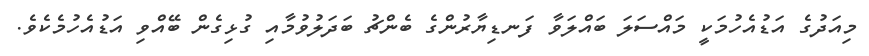
މިއަދުގެ އަޑުއެހުމަކީ މައްސަލަ ބައްލަވާ ފަނޑިޔާރުންގެ ބެންޗު ބަދަލުވުމާއި ގުޅިގެން ބޭއްވި އަޑުއެހުމެކެވެ.